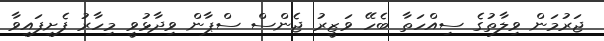
ޖަރުމަން ވިލާތުގެ ސިއްހަތާ ބެހޭ ވަޒީރު ޖެންސް ސްޕާން ވިދާޅުވީ މިހާރު ފެށިފައިވާ